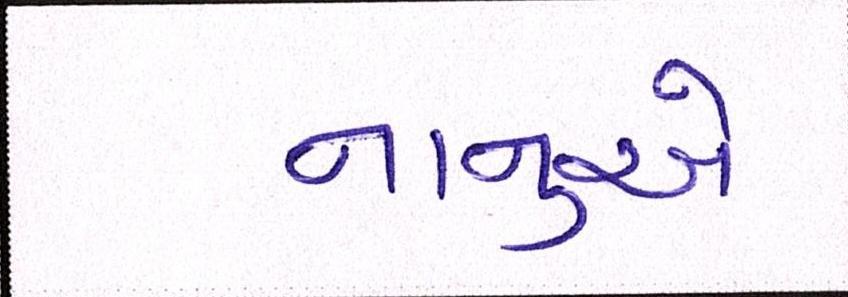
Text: નાનુએ